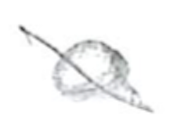
Text: a
Cross-out: diagonal
Writing tool: pencil